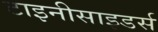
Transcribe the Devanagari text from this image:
टाइनीसाइडर्स